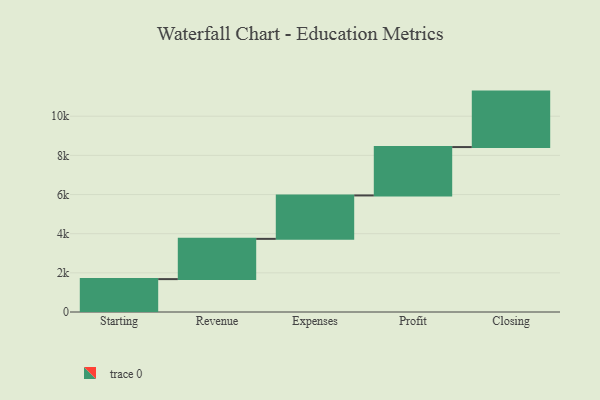
{"axis": {"x": "Step", "y": "Value"}, "legend": [""], "data": [{"x": "Starting", "y": 1680.0, "type": ""}, {"x": "Revenue", "y": 2056.0, "type": ""}, {"x": "Expenses", "y": 2218.0, "type": ""}, {"x": "Profit", "y": 2471.0, "type": ""}, {"x": "Closing", "y": 2833.0, "type": ""}]}